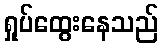
ရှုပ်ထွေးနေသည်